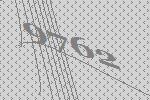
9762